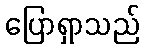
ပြောရှာသည်